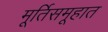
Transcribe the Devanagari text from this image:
मूर्तिसमूहात